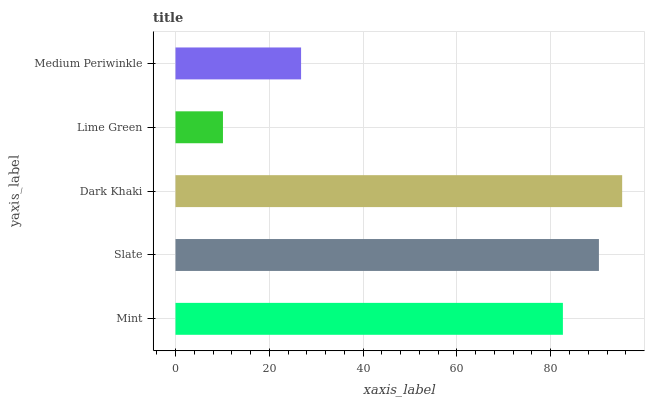
| yaxis_label | bars |
 | --- | --- |
 | Mint | 82.6 |
 | Slate | 90.3 |
 | Dark Khaki | 95.2 |
 | Lime Green | 10.1 |
 | Medium Periwinkle | 26.8 |